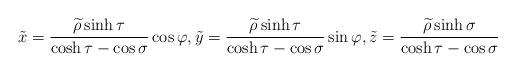
\begin{align*}\tilde{x}=\frac{\widetilde{\rho }\sinh \tau }{\cosh \tau -\cos \sigma }\cos\varphi ,\tilde{y}=\frac{\widetilde{\rho }\sinh \tau }{\cosh \tau -\cos\sigma }\sin \varphi ,\tilde{z}=\frac{\widetilde{\rho }\sinh \sigma }{\cosh\tau -\cos \sigma } \end{align*}